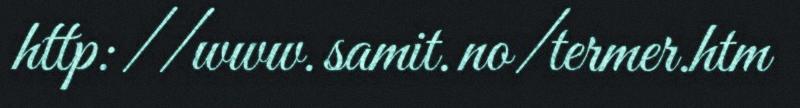
http://www.samit.no/termer.htm